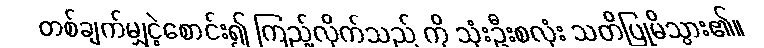
တစ်ချက်မျှငဲ့စောင်း၍ ကြည့်လိုက်သည် ကို သုံးဦးစလုံး သတိပြုမိသွား၏။